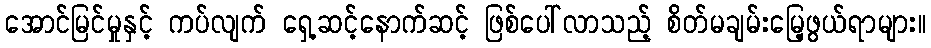
အောင်မြင်မှုနှင့် ကပ်လျက် ရှေ့ဆင့်နောက်ဆင့် ဖြစ်ပေါ်လာသည့် စိတ်မချမ်းမြေ့ဖွယ်ရာများ။